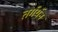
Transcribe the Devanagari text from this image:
तर्गर्यन